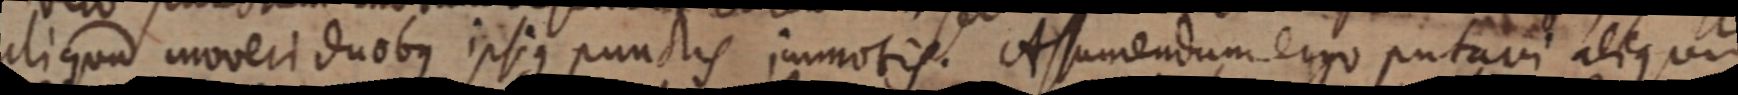
aliquod moveri duobus ipsius punctis immotis. Assumendum ergo putavi aliqui